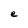
Character: e